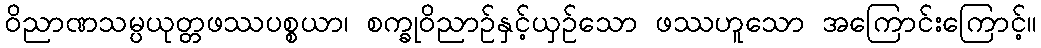
ဝိညာဏသမ္ပယုတ္တဖဿပစ္စယာ၊ စက္ခုဝိညာဉ်နှင့်ယှဉ်သော ဖဿဟူသော အကြောင်းကြောင့်။